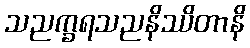
သညက္ခရသညနိဿိတာနိ